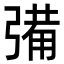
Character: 㣁